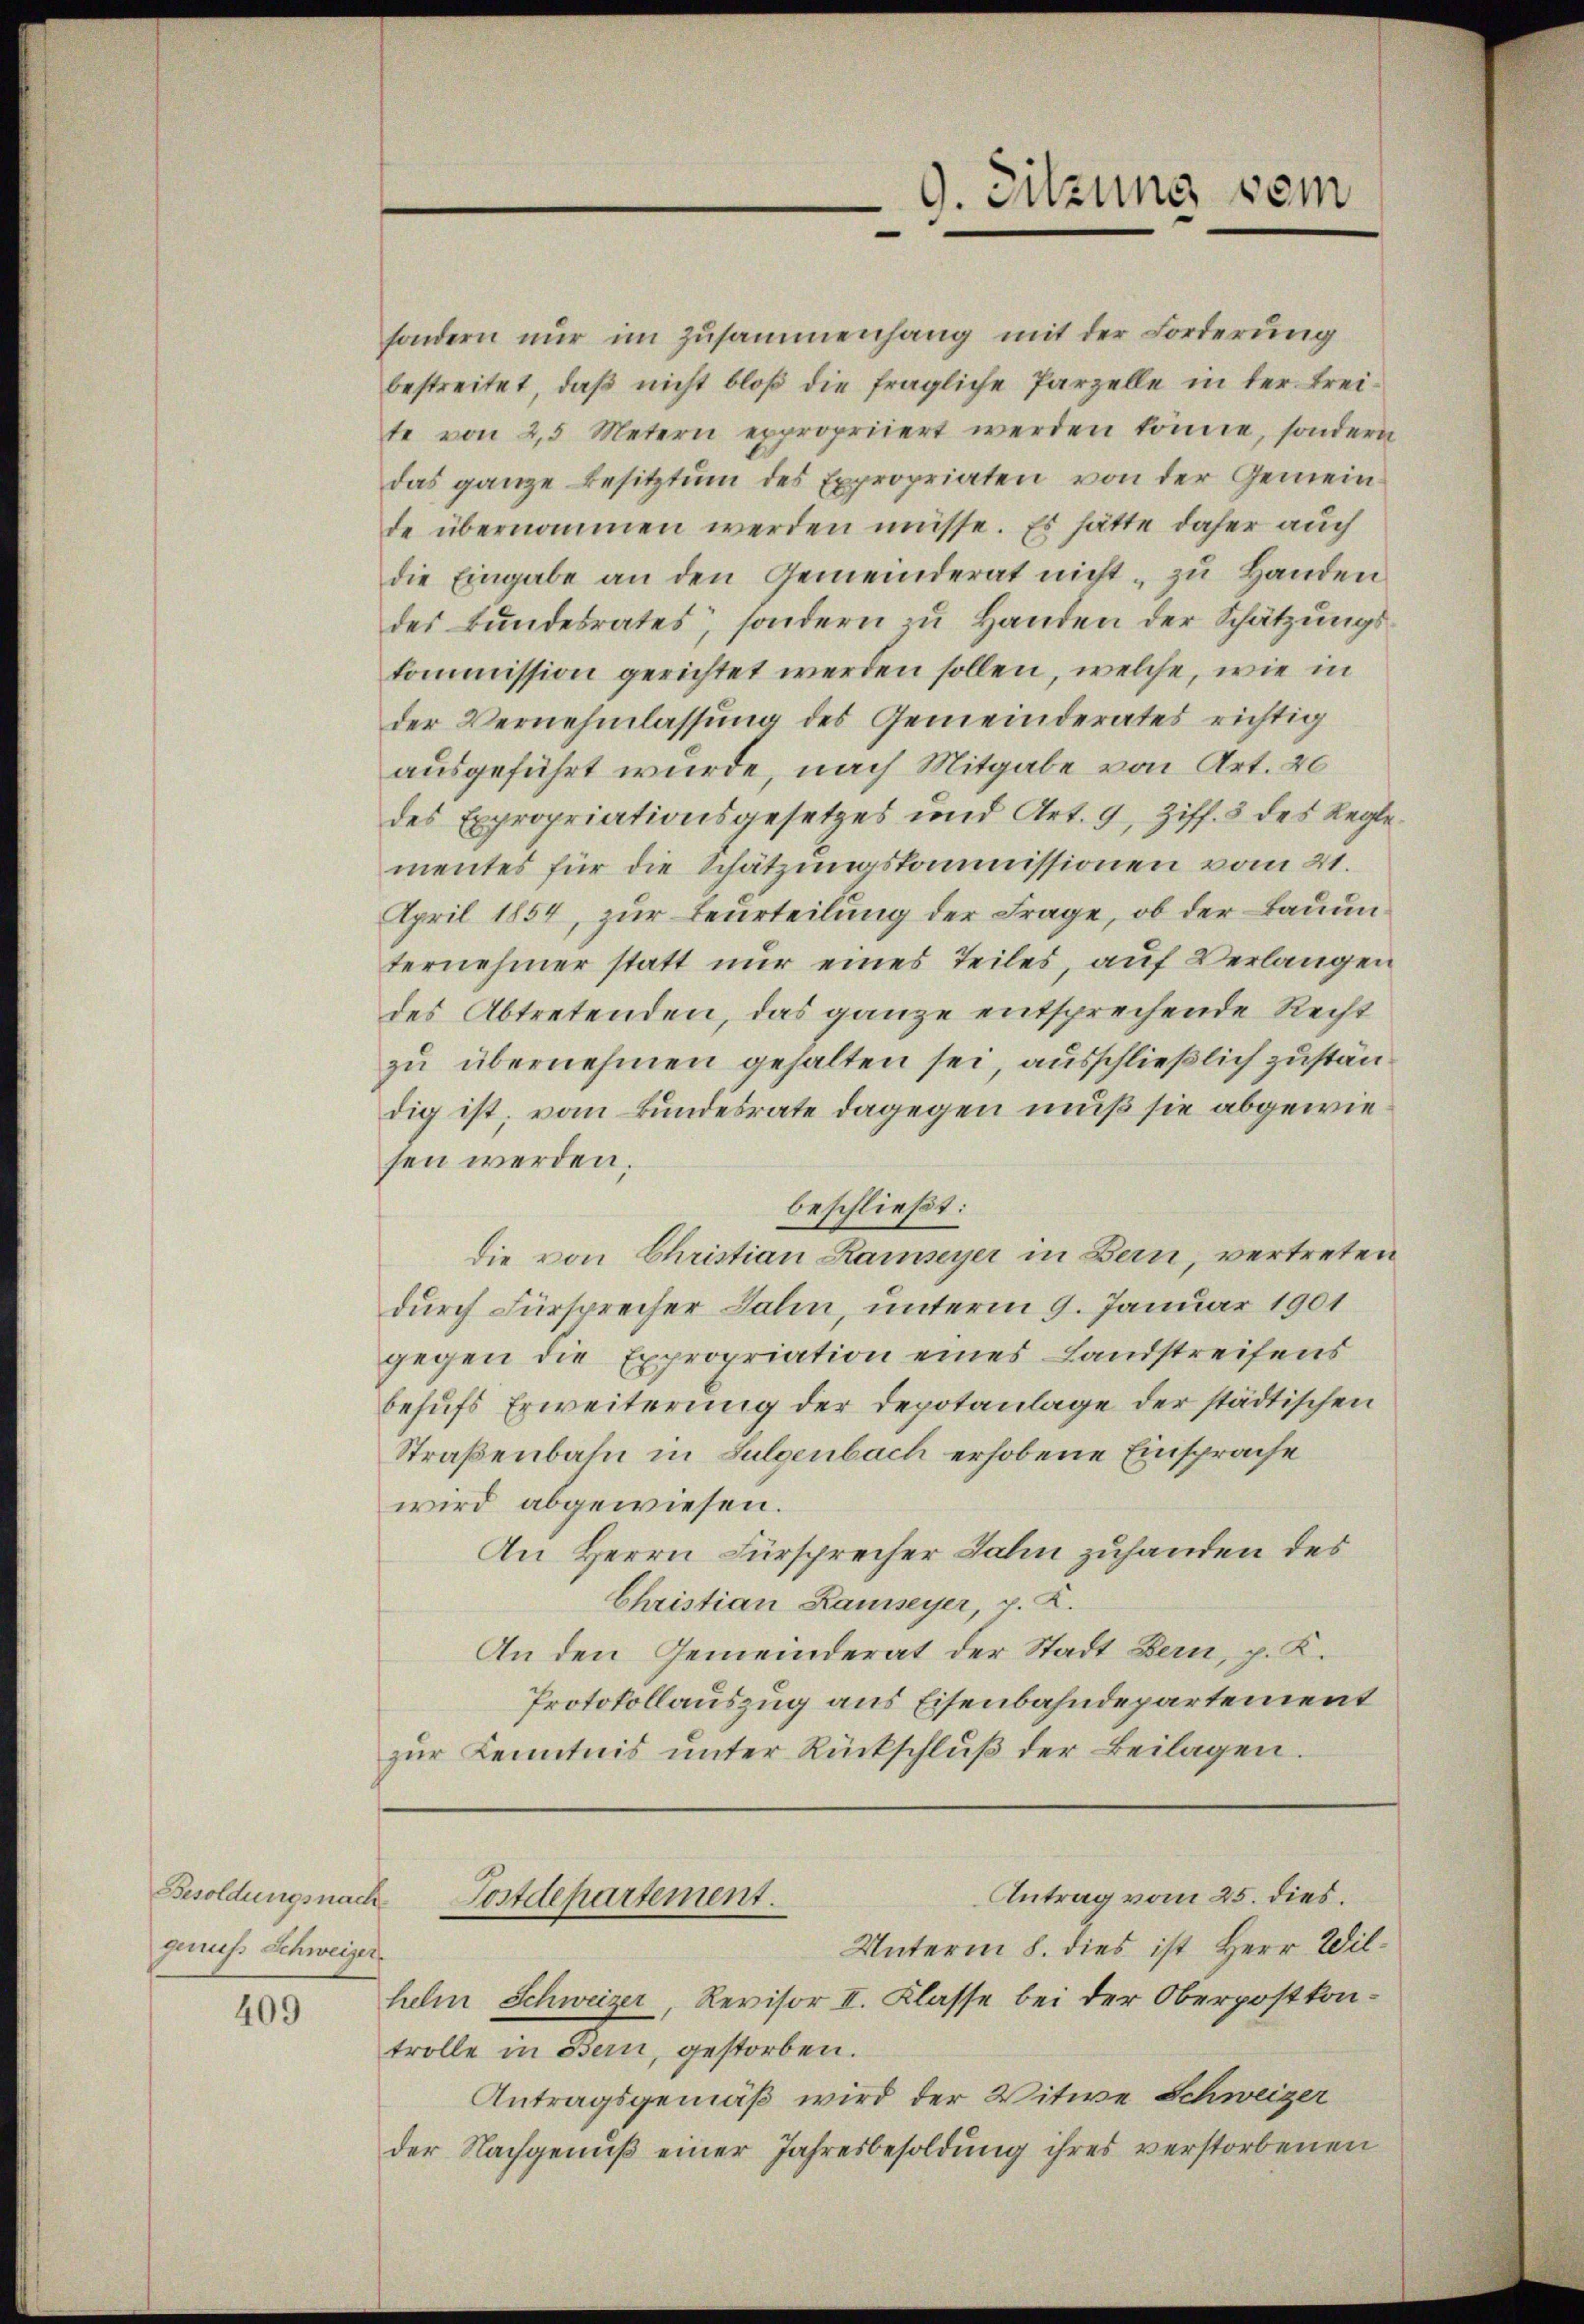
genuss Schweizer.

409

9. Sitzung sein

Antrag vom 25. dies.
Besoldungsnach Postdepartement.
Unterm 8. dies ist Herr Wil¬

sondern nŭr im Zusammenhang mit der Forderung
bestreitet, daß nicht bloß die fragliche Parzelle in der Freite von 25 Metern expropriiert werden könne, sondern
das ganze Besitztum des Expropriaten von der Gemeinde übernommen werden müsse. Es hätte daher auch
die Eingabe an den Gemeinderat nicht zu Handen
des Bundesrates, sondern zu Handen der Schätzungskommission gerichtet werden sollen, welche, wie in
der Vernehmlassung des Gemeinderates richtig
ausgeführt wurde, nach Mitgabe von Art. 20
des Expropriationsgesetzes und Art. 9, Ziff. 3 des Reglementes für die Schätzungskommissionen vom 21.
April 1854, zur Beurteilung der Frage, ob der Bauun
ternehmer statt nur eines Teiles, auf Verlangen
des Abtretenden, das ganze entsprechende Recht
zu übernehmen gehalten sei, ausschließlich zuständig ist; vom Bundesrate dagegen muß sie abgewiesen werden.
beschließt:
die von Christian Ramseyer in Bern, vertreten
durch Fürsprecher Zahn, unterm 9. Januar 1901
gegen die Expropriation eines Landstreifens
behufs Erweiterung der Depotanlage der städtischen
Straßenbahn in Sulgenbach erhobene Einsprache
wird abgewiesen.
An Herrn Fürsprecher Jahn zuhanden des
Christian Ramseyer, v. K.
An den Gemeinderat der Stadt Bern, p. K.
Protokollauszug aus Eisenbahndepartement
zŭr Kenntnis ŭnter Rückschlŭβ der Beilagen.

helm Schweizer, Revisor II. Klasse bei der Oberpostkontrolle in Bern, gestorben.
Antragsgemäß wird der Witwe Schweizer
der Nachgenuß einer Jahresbesoldung ihres verstorbenen